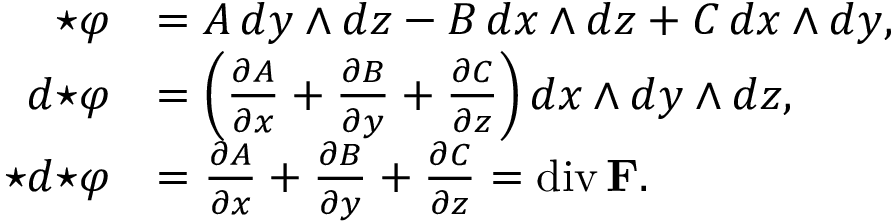
{ \begin{array} { r l } { \star \varphi } & { = A \, d y \wedge d z - B \, d x \wedge d z + C \, d x \wedge d y , } \\ { d { \star \varphi } } & { = \left( { \frac { \partial A } { \partial x } } + { \frac { \partial B } { \partial y } } + { \frac { \partial C } { \partial z } } \right) d x \wedge d y \wedge d z , } \\ { \star d { \star \varphi } } & { = { \frac { \partial A } { \partial x } } + { \frac { \partial B } { \partial y } } + { \frac { \partial C } { \partial z } } = \operatorname { d i v } \mathbf { F } . } \end{array} }